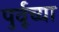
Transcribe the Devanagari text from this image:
पुर्वूच्या